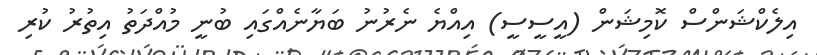
އިލެކްޝަންސް ކޮމިޝަން (އީސީސީ) އިއްޔެ ނެރުނު ބަޔާނެއްގައި ބުނީ މުއްދަތު އިތުރު ކުރި